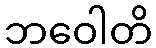
ဘဝေါတိ